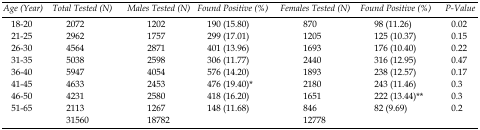
<table><thead><tr><td><b><i>Age (Year)</i></b></td><td><b><i>Total Tested (N)</i></b></td><td><b><i>Males Tested (N)</i></b></td><td><b><i>Found Positive (%)</i></b></td><td><b><i>Females Tested (N)</i></b></td><td><b><i>Found Positive (%)</i></b></td><td><b><i>P-Value</i></b></td></tr></thead><tbody><tr><td>18-20</td><td>2072</td><td>1202</td><td>190 (15.80)</td><td>870</td><td>98 (11.26)</td><td>0.02</td></tr><tr><td>21-25</td><td>2962</td><td>1757</td><td>299 (17.01)</td><td>1205</td><td>125 (10.37)</td><td>0.15</td></tr><tr><td>26-30</td><td>4564</td><td>2871</td><td>401 (13.96)</td><td>1693</td><td>176 (10.40)</td><td>0.22</td></tr><tr><td>31-35</td><td>5038</td><td>2598</td><td>306 (11.77)</td><td>2440</td><td>316 (12.95)</td><td>0.47</td></tr><tr><td>36-40</td><td>5947</td><td>4054</td><td>576 (14.20)</td><td>1893</td><td>238 (12.57)</td><td>0.17</td></tr><tr><td>41-45</td><td>4633</td><td>2453</td><td>476 (19.40)*</td><td>2180</td><td>243 (11.46)</td><td>0.3</td></tr><tr><td>46-50</td><td>4231</td><td>2580</td><td>418 (16.20)</td><td>1651</td><td>222 (13.44)**</td><td>0.3</td></tr><tr><td>51-65</td><td>2113</td><td>1267</td><td>148 (11.68)</td><td>846</td><td>82 (9.69)</td><td>0.2</td></tr><tr><td></td><td>31560</td><td>18782</td><td></td><td>12778</td><td></td><td></td></tr></tbody></table>